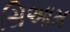
સિઆમ